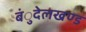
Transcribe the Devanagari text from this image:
बंुदेलखण्ड